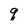
Character: q